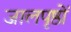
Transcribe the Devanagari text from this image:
जालपृष्ठों